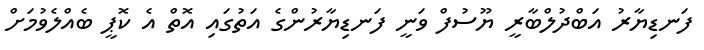
ފަނޑިޔާރު އަބްދުލްބާރީ ޔޫސުފް ވަނީ ފަނޑިޔާރުންގެ އަތުގައި އޮތް އެ ކޮޕީ ބެއްލެވުމަށް